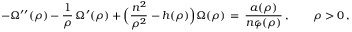
- \Omega ^ { \prime \prime } ( \rho ) - \frac { 1 } { \rho } \, \Omega ^ { \prime } ( \rho ) + \Bigl ( \frac { n ^ { 2 } } { \rho ^ { 2 } } - h ( \rho ) \Bigr ) \Omega ( \rho ) \, = \, \frac { a ( \rho ) } { n \varphi ( \rho ) } \, , \qquad \rho > 0 \, ,